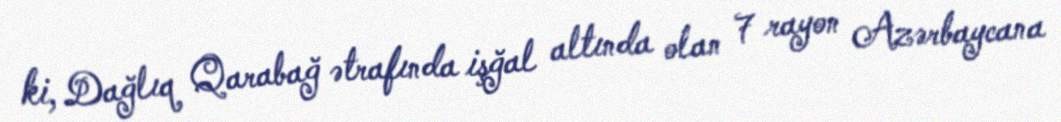
ki, Dağlıq Qarabağ ətrafında işğal altında olan 7 rayon Azərbaycana